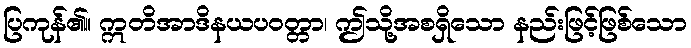
ပြကုန်၏။ ဣတိအာဒိနယပဝတ္တာ၊ ဤသို့အစရှိသော နည်းဖြင့်ဖြစ်သော